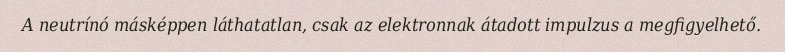
A neutrínó másképpen láthatatlan, csak az elektronnak átadott impulzus a megfigyelhető.